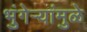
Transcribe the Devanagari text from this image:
भुंगेर्‍यांमुळे